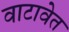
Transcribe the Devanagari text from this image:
वाटावेत